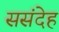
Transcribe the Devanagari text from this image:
ससंदेह